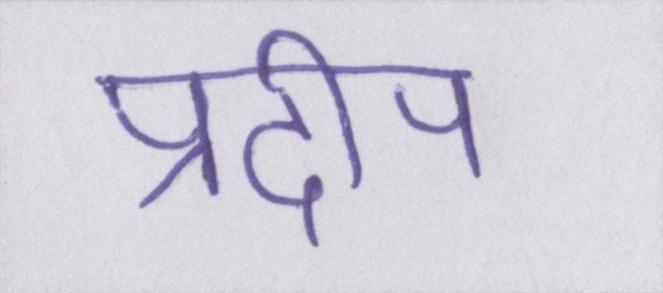
प्रदीप